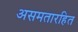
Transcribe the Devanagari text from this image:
असमतारहित